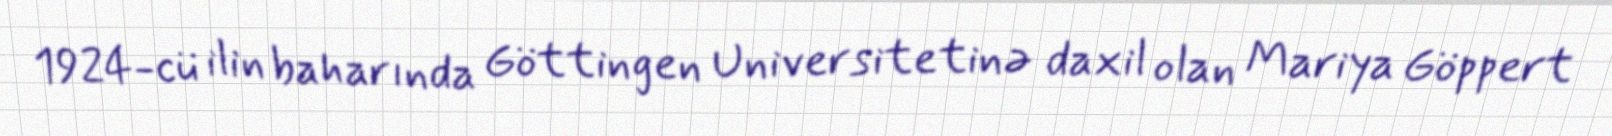
1924-cü ilin baharında Göttingen Universitetinə daxil olan Mariya Göppert